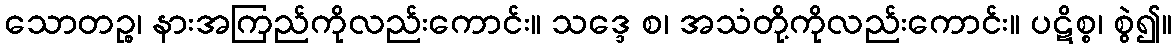
သောတဉ္စ၊ နားအကြည်ကိုလည်းကောင်း။ သဒ္ဒေ စ၊ အသံတို့ကိုလည်းကောင်း။ ပဋိစ္စ၊ စွဲ၍။